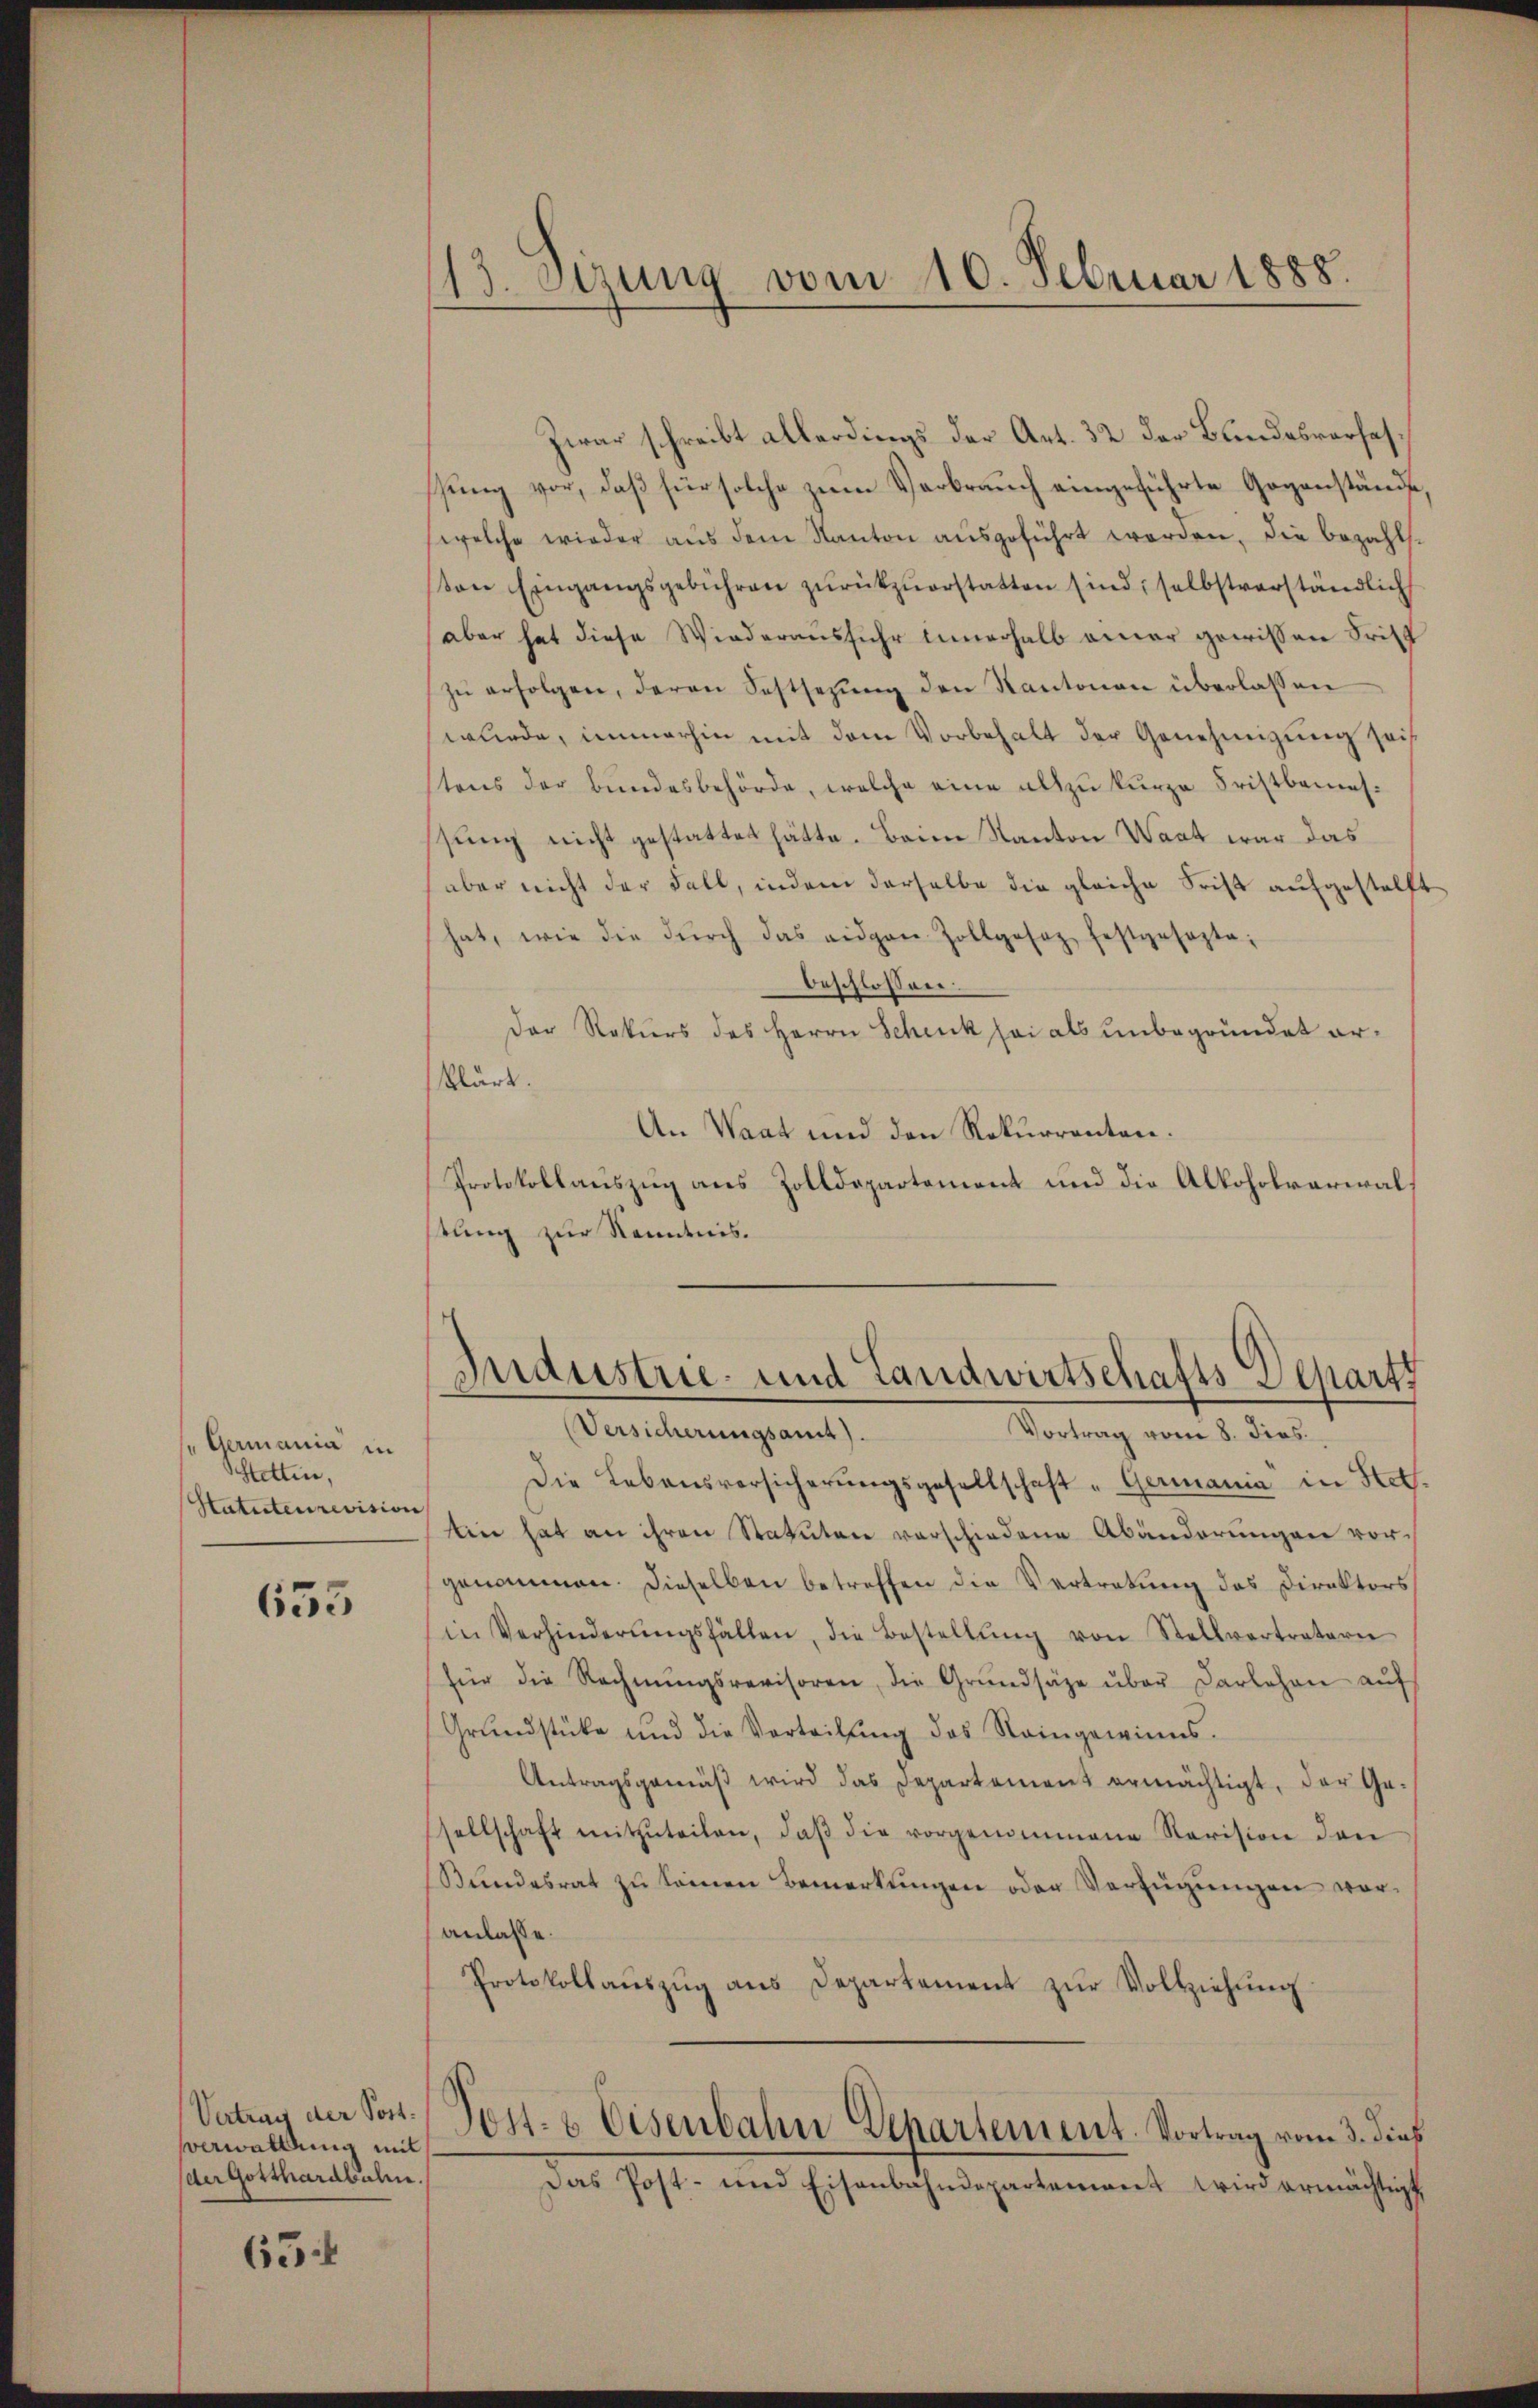
Germania in
Stetten,
Statuteurevision

655

Vertrag der Post.
verwaltung mit
der Gotthardbahn.

65

113. Setzung vom 10. Februar 1888.

Zwar schreibt allerdings der Art. 32 der Bundesverfasssung vor, daß für solche zum Verbrauch eingeführte Gegenstände
welche wieder aŭs dem Kanton ausgeführt werden, die bezahl-
tone Eingangsgebühren zŭrückzuerstatten sind, selbstverständlich
aber hat diese Wiederausfuhr innerhalb einer gewissen Tritt
zŭ erfolgen, deren Festsezung den Kantonen überlassen
wurde, immerhin mit dem Vorbehalt der Genehmigung sei
stens der Bundesbehörde, welche eine allzu kurze Fristbemessung nicht gestattet hätte. Beim Kanton Wart war das
(aber nicht der Fall, indem derselbe die gleiche Frist aufgestellt
hat, wie die dŭrch das eigen Zollgosaz festgesezta-
beschlossen:
Der Rekurs des Herrn Schenk sei als unbegründet erklärt.
An Waat und den Rekurrenten.
Protokollauszug aus Zolldepartement und die Alkoholverwalstung zur Kenntnis.

Industrie- und Landwirtschafts Departs
(Versicherungsamt).
Vortrag vom 8. dies.

Die Lebensversicherungsgesellschaft „Germania in Stat.
tin hat an ihren Statuten verschiedene Abänderungen vorgenommen. Dieselben betreffen die Vertretŭng des Direktors
in Verhinderŭngsfällen, die Bestellŭng von Stellvertratern
für die Rechnŭngsrevisoren, die Grŭndsätze über Darlehen aŭf
Grundstücke und die Vorteilung des Reingewinns-
Antragsgemäß wird das Departement ermächtigt, der Ge-
sellschaft mitzŭteilen, daβ die vorgenommene Revision den
Stŭndesrat zŭ seinen Bemerkŭngen oder Verfügungen vor-
anlasse.
Protokollauszug aus Departement zur Vollziehung
Post- & Eisenbahn Departement. Vortrag vom 3. dies
Das Post- und Eisenbahndepartement wird ermächtigt